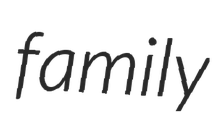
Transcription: family